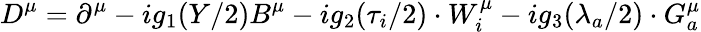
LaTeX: D^{\mu}=\partial^{\mu}-ig_{1}(Y/2)B^{\mu}-ig_{2}(\tau_{i}/2)\cdot W_{i}^{\mu}-ig_{3}(\lambda_{a}/2)\cdot G_{a}^{\mu}